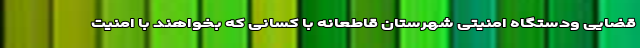
قضایی ودستگاه امنیتی شهرستان قاطعانه با کسانی که بخواهند با امنیت